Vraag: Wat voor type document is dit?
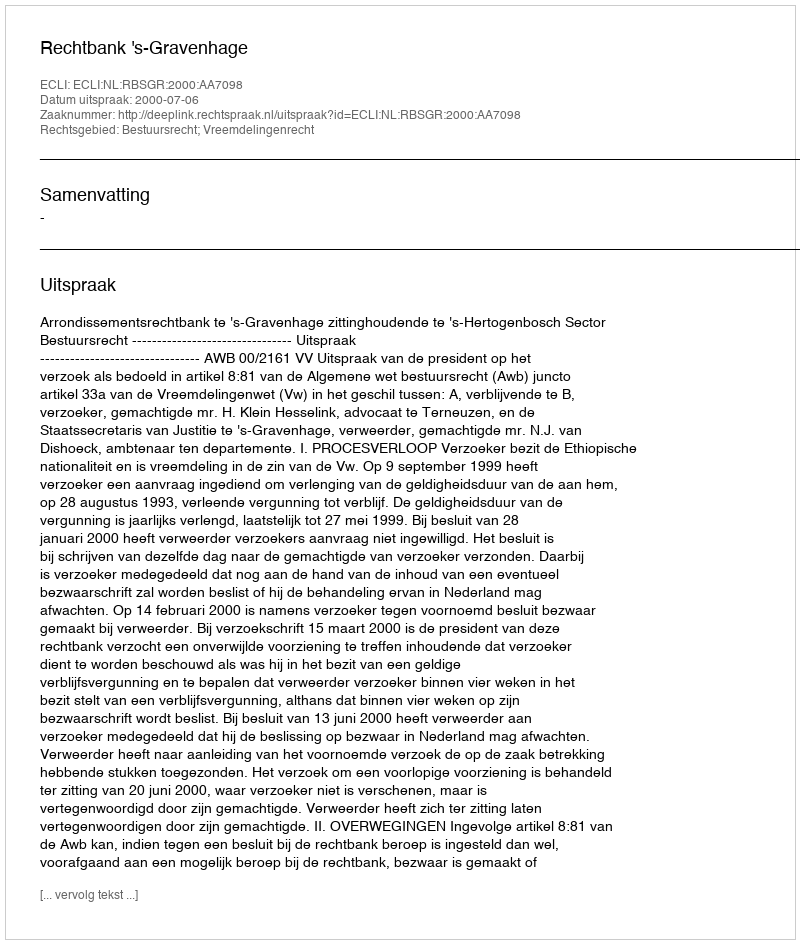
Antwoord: Uitspraak